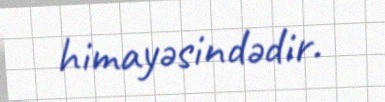
himayəsindədir.